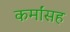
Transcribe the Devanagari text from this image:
कर्मांसह